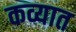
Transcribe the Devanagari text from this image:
कव्यात